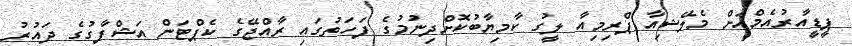
ޕީޑީއާރުއެމްއަށް މެލޭޝިއާ ޕްރިމިއާ ލީގު ކާމިޔާބުކޮށްދިނުމުގެ ފަހަތުގައި ރާއްޖޭގެ ކެޕްޓަން އަޝްފާގުގެ ދައުރު